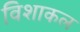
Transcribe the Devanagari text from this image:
विशाकल